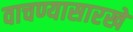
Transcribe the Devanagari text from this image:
वाचण्यासारखे